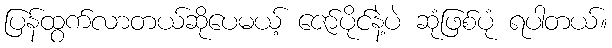
ပြန်ထွက်လာတယ်ဆိုပေမယ့် ဇော်ပိုင်နဲ့ပဲ ဆုံဖြစ်ပုံ ရပါတယ်။